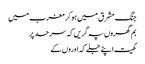
جنگ مشرق میں ہوکر مغرب میں
بم گھروں پہ گریں کہ سرحد پر
کھیت اپنے جلے کہ اوروں کے